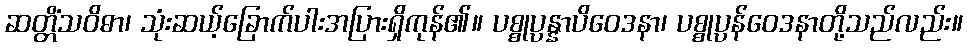
ဆတ္တိံသဝိဓာ၊ သုံးဆယ့်ခြောက်ပါးအပြားရှိကုန်၏။ ပစ္စုပ္ပန္နာပိဝေဒနာ၊ ပစ္စုပ္ပန်ဝေဒနာတို့သည်လည်း။